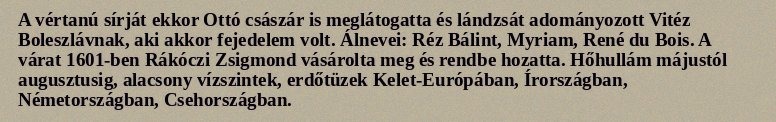
A vértanú sírját ekkor Ottó császár is meglátogatta és lándzsát adományozott Vitéz Boleszlávnak, aki akkor fejedelem volt. Álnevei: Réz Bálint, Myriam, René du Bois. A várat 1601-ben Rákóczi Zsigmond vásárolta meg és rendbe hozatta. Hőhullám májustól augusztusig, alacsony vízszintek, erdőtüzek Kelet-Európában, Írországban, Németországban, Csehországban.